Insane asylums in Bengal annual reports 1867-1875 - 1867-1875
Year: 1867
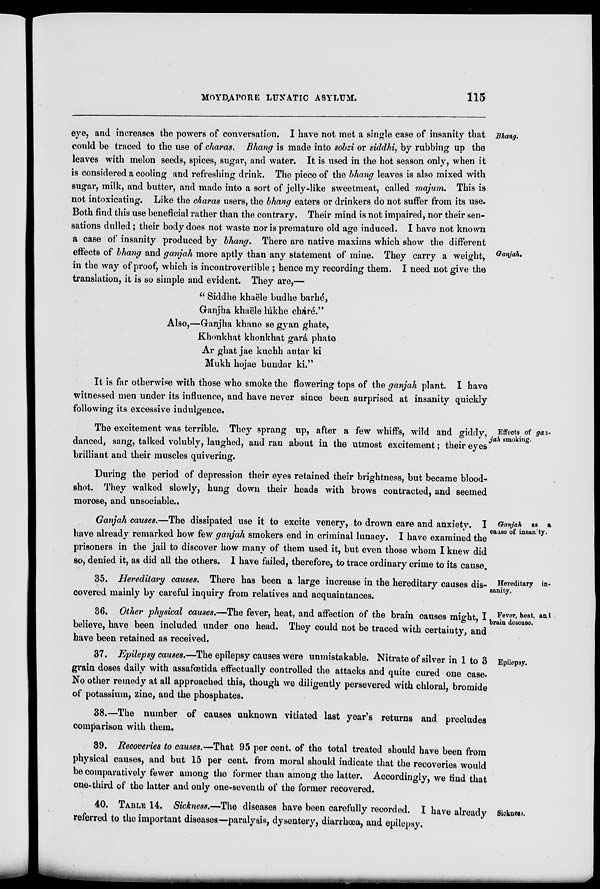
MOYDAPORE LUNATIC ASYLUM.
115
Bhang.
Ganjah.
eye, and increases the powers of conversation. I have not met a single case of insanity that
could be traced to the use of charas. Bhang is made into sobzi or siddhi, by rubbing up the
leaves with melon seeds, spices, sugar, and water. It is used in the hot season only, when it
is considered a cooling and refreshing drink. The piece of the bhang leaves is also mixed with
sugar, milk, and butter, and made into a sort of jelly-like sweetmeat, called majum. This is
not intoxicating. Like the charas users, the bhang eaters or drinkers do not suffer from its use.
Both find this use beneficial rather than the contrary. Their mind is not impaired, nor their sen-
sations dulled; their body does not waste nor is premature old age induced. I have not known
a case of insanity produced by bhang. There are native maxims which show the different
effects of bhang and ganjah more aptly than any statement of mine. They carry a weight,
in the way of proof, which is incontrovertible ; hence my recording them. I need not give the
translation, it is so simple and evident. They are,—
" Siddhe khaële bud he barhé,
Ganjha khaële lúkhe cháré"."
Also,—Ganjha khane se gyan ghate,
Khonkhat khonkhat gará phate
Ar ghat jae kuchh autar ki
Mukh hojae bundar ki."
It is far otherwise with those who smoke the flowering tops of the ganjah plant. I have
witnessed men under its influence, and have never since been surprised at insanity quickly
following its excessive indulgence.
Effects of gan-
jah smoking.
The excitement was terrible. They sprang up, after a few whiffs, wild and giddy,
danced, sang, talked volubly, laughed, and ran about in the utmost excitement; their eyes
brilliant and their muscles quivering.
During the period of depression their eyes retained their brightness, but became blood-
shot. They walked slowly, hung down their heads with brows contracted, and seemed
morose, and unsociable..
Ganjah as a
cause of insanity.
Ganjah causes.—The dissipated use it to excite venery, to drown care and anxiety. I
have already remarked how few ganjah smokers end in criminal lunacy. I have examined the
prisoners in the jail to discover how many of them used it, but even those whom I knew did
so, denied it, as did all the others. I have failed, therefore, to trace ordinary crime to its cause.
Hereditary in-
sanity.
35. Hereditary causes. There has been a large increase in the hereditary causes dis-
covered mainly by careful inquiry from relatives and acquaintances.
Fever, heat, and
brain desease.
36. Other physical causes.—The fever, heat, and affection of the brain causes might, I
believe, have been included under one head. They could not be traced with certainty, and
have been retained as received.
Epilepsy.
37. Epilepsy causes.—The epilepsy causes were unmistakable. Nitrate of silver in 1 to 3
grain doses daily with assafœtida effectually controlled the attacks and quite cured one case.
No other remedy at all approached this, though we diligently persevered with chloral, bromide
of potassium, zinc, and the phosphates.
38.—The number of causes unknown vitiated last year's returns and precludes
comparison with them.
39. Recoveries to causes.—That 95 per cent. of the total treated should have been from
physical causes, and but 15 per cent. from moral should indicate that the recoveries would
be comparatively fewer among the former than among the latter. Accordingly, we find that
one-third of the latter and only one-seventh of the former recovered.
Sickness.
40. TABLE 14. Sickness.—The diseases have been carefully recorded. I have already
referred to the important diseases—paralysis, dysentery, diarrhoea, and epilepsy.